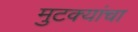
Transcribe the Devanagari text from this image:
मुटक्यांचा